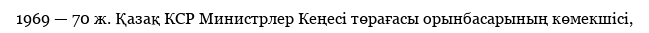
1969 — 70 ж. Қазақ КСР Министрлер Кеңесі төрағасы орынбасарының көмекшісі,